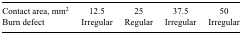
<table><thead><tr><td><b>Contact area, mm<sup>2</sup></b></td><td><b>12.5</b></td><td><b>25</b></td><td><b>37.5</b></td><td><b>50</b></td></tr></thead><tbody><tr><td><b>Burn defect</b></td><td><b>Irregular</b></td><td><b>Regular</b></td><td><b>Irregular</b></td><td><b>Irregular</b></td></tr></tbody></table>